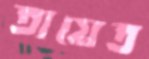
তায়েত